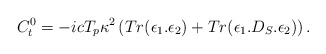
\begin{align*}C_{t}^0={-i c T_p \kappa^2}\left(Tr(\epsilon_1.\epsilon_2)+Tr(\epsilon_1.D_S.\epsilon_2)\right).\end{align*}